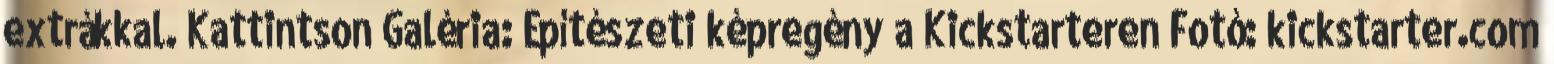
extrákkal. Kattintson Galéria: Építészeti képregény a Kickstarteren Fotó: kickstarter.com